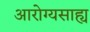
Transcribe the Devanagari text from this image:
आरोग्यसाह्य